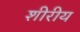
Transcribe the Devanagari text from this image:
शीरीय